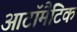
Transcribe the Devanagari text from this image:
आटॉमैटिक